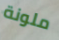
ملونة